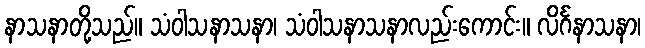
နာသနာတို့သည်။ သံဝါသနာသနာ၊ သံဝါသနာသနာလည်းကောင်း။ လိင်္ဂနာသနာ၊